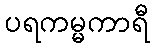
ပရကမ္မကာရီ